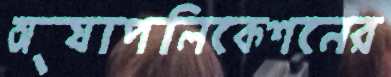
অ্যাপলিকেশনের